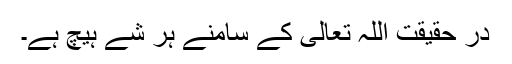
در حقیقت اللہ تعالی کے سامنے ہر شے ہیچ ہے۔